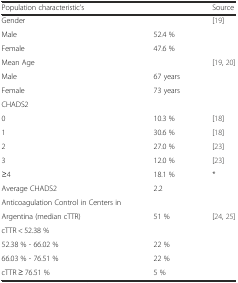
| Population characteristic’s |  | Source |
 | --- | --- | --- |
 | Gender |  | [19] |
 | Male | 52.4 % |  |
 | Female | 47.6 % |  |
 | Mean Age |  | [19, 20] |
 | Male | 67 years |  |
 | Female | 73 years |  |
 | CHADS2 |  |  |
 | 0 | 10.3 % | [18] |
 | 1 | 30.6 % | [18] |
 | 2 | 27.0 % | [23] |
 | 3 | 12.0 % | [23] |
 | ≥4 | 18.1 % | * |
 | Average CHADS2 | 2.2 |  |
 | Anticoagulation Control in Centers in |  |  |
 | Argentina (median cTTR) | 51 % | [24, 25] |
 | cTTR < 52.38 % |  |  |
 | 52.38 % - 66.02 % | 22 % |  |
 | 66.03 % - 76.51 % | 22 % |  |
 | cTTR ≥ 76.51 % | 5 % |  |